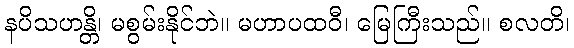
နပိသဟန္တိ၊ မစွမ်းနိုင်ဘဲ။ မဟာပထဝီ၊ မြေကြီးသည်။ စလတိ၊